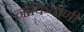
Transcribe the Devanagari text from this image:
नोकिर्वाणी